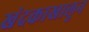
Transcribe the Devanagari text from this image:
खंदकाखालून